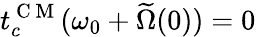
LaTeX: t_{c}^{\mathrm{~C~M~}}(\omega_{0}+\widetilde\Omega(0))=0